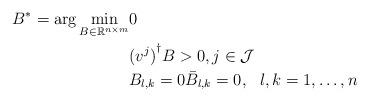
LaTeX: \begin{align*}B^* =\arg\min_{B\in \mathbb{R}^{n\times m}} &0\\ &{(v^j)}^\dagger B>0, j\in \mathcal J\\& B_{l,k}=0 \bar B_{l,k}=0, \ \ l,k=1,\ldots,n\end{align*}